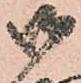
御